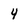
Character: 4